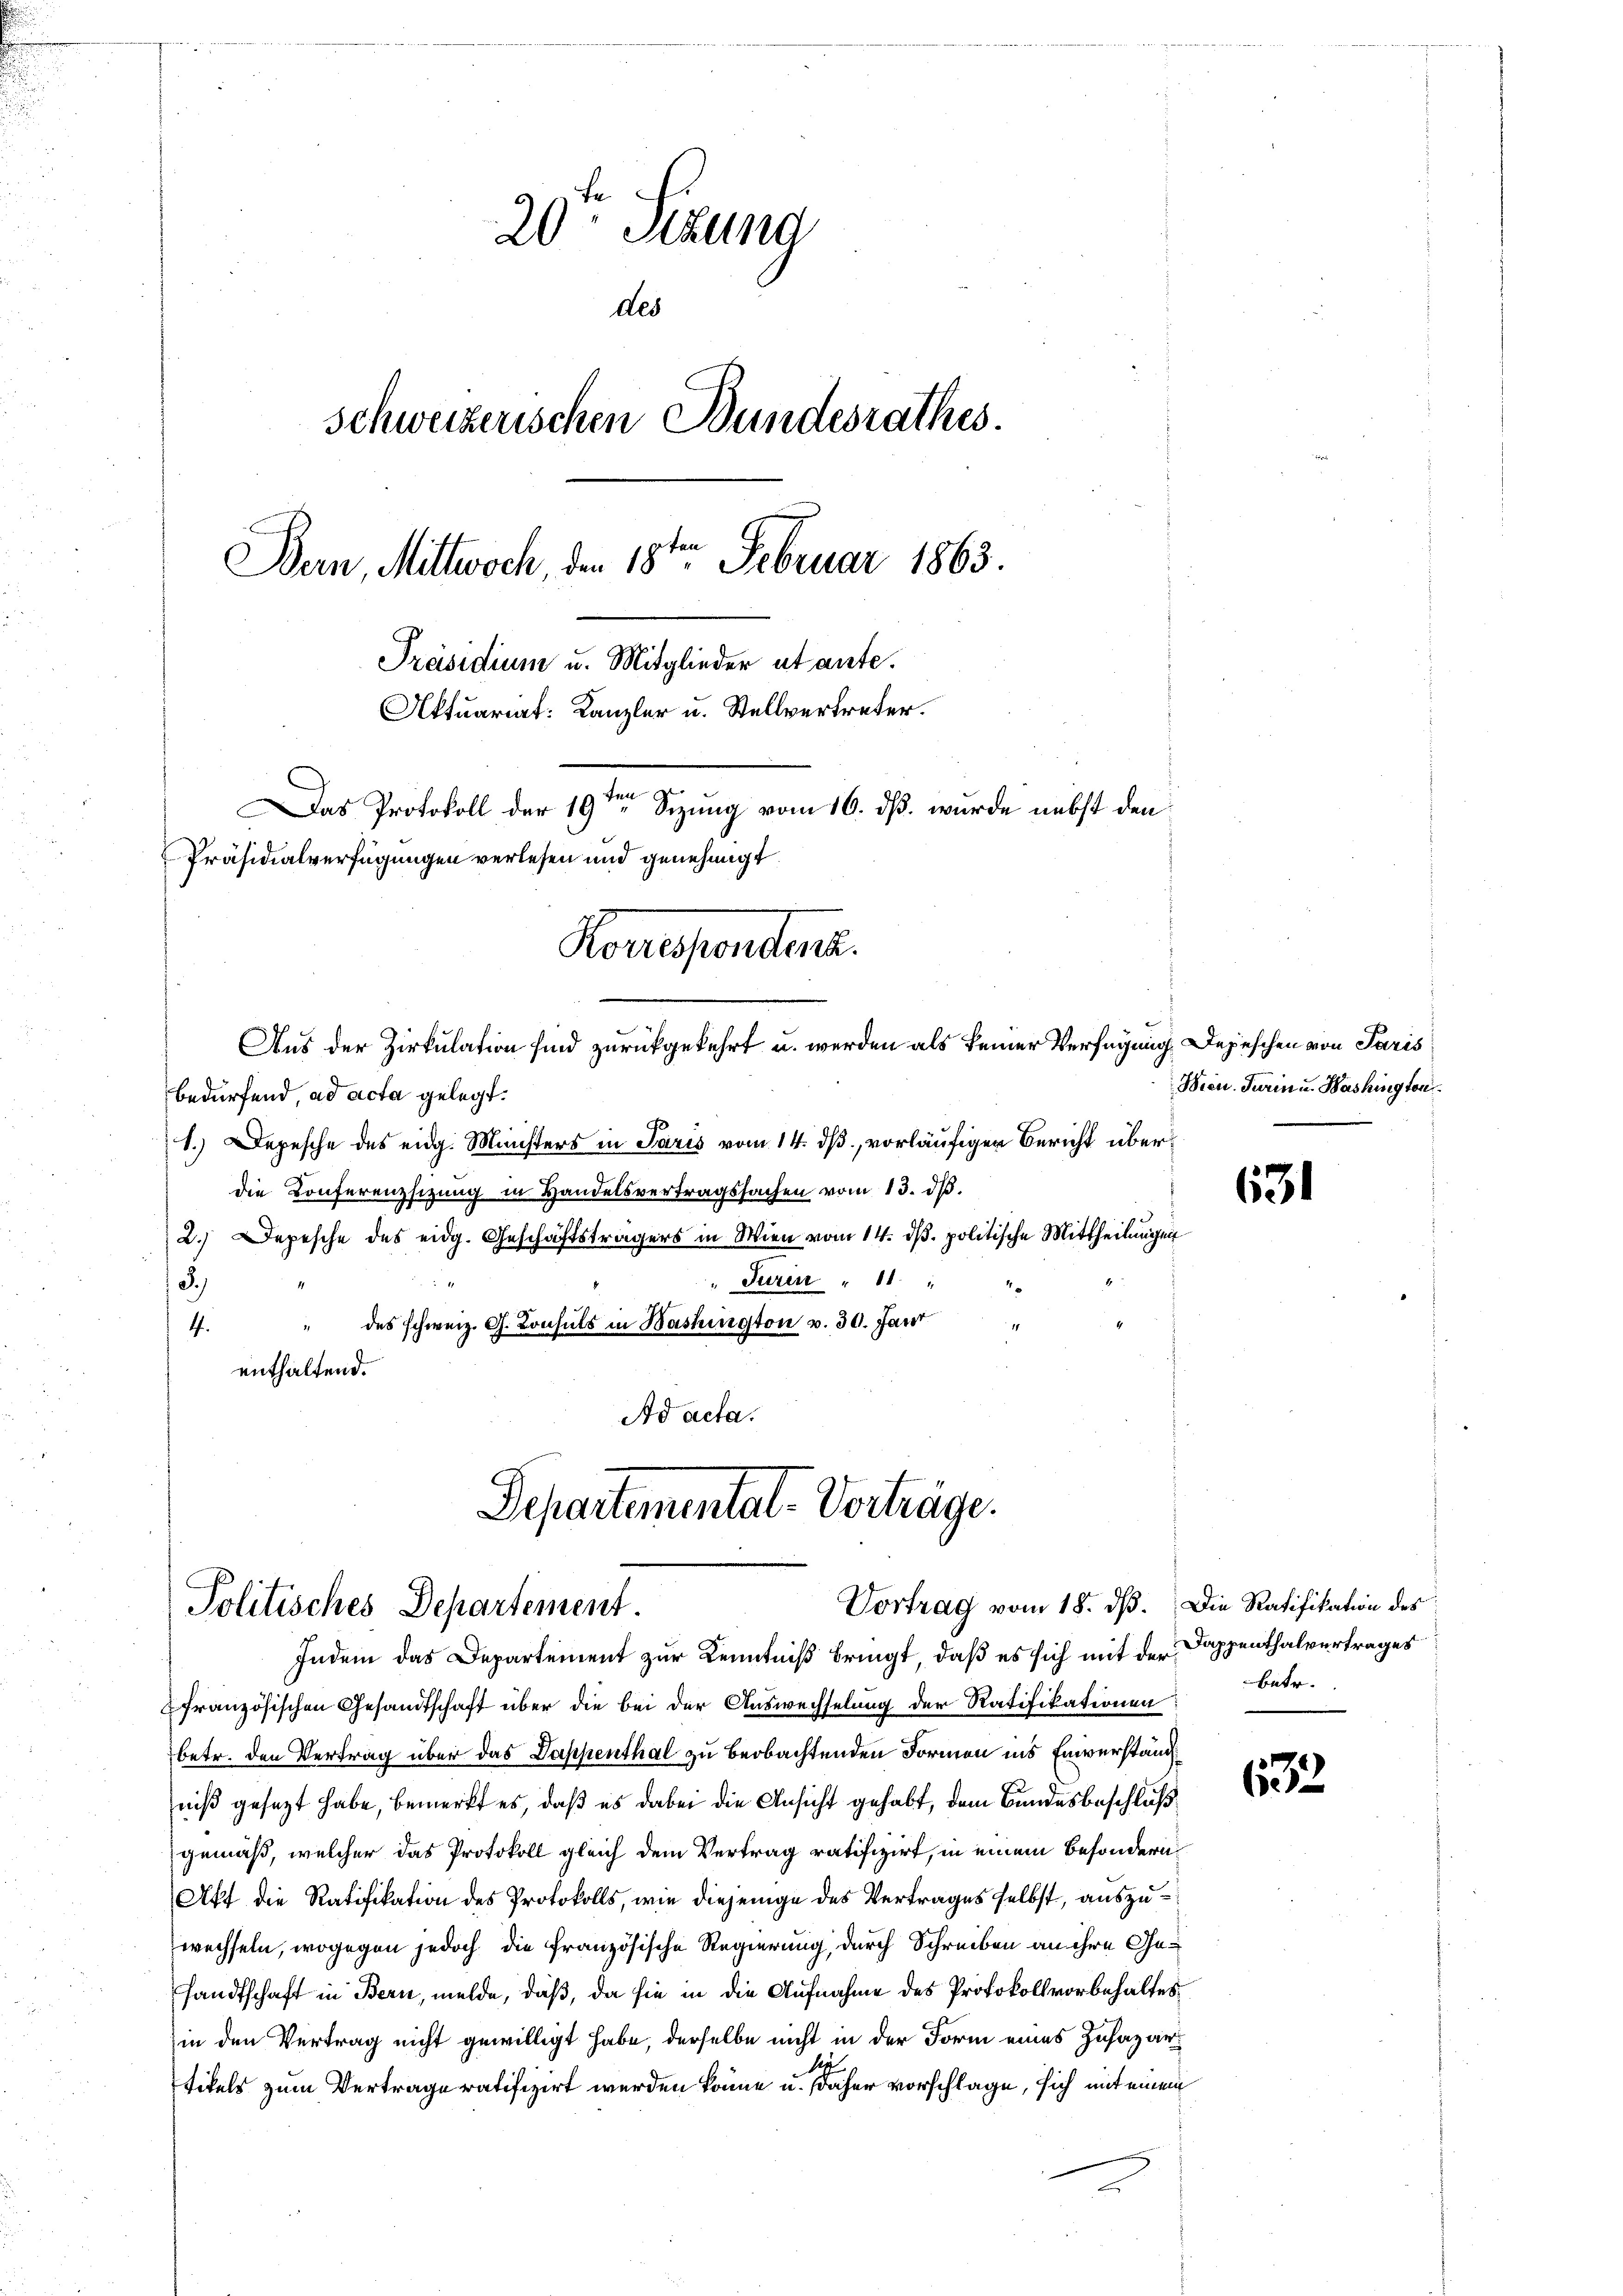
20. Sizung
des
schweizerischen Bundesrathes.
Bern, Mittwoch den 18ten Februar 1863.
Präsidium u. Mitglieder utante.
Aktuariat: Kanzler u. Stellvertreter.
r
s
Das Protokoll der 19ten Sizung vom 16. ds. wurde nebst den
Präsidialverfügungen verlesen und genehmigt.
Roversenden.
Aus der Zirkulation sind zurückgekehrt u. werden als keiner Verfügung Depeschen von Paris

bedürfend, ad acta gelegt.
1.) Depesche des eidg. Ministers in Paris vom 14. dß, vorläufigen Bericht überdie Konferenzsizung in Handelsvertragssachen vom 13. dβ.
2.) Depesche des eidg. Geschäftsträgers in Wien vom 14. dβ. politische Mittheilungen
Turin " 11 "
3.)
4. " des schweiz. G. Konsuls in Bashington v. 30. Jant
enthaltend.
Ad acta.

Separtemental-Vorträge.
Vortrag vom 18. dß. Die Ratifikation des
Politisches Departement.
Indem das Departement zur Kenntniß bringt, daß es sich mit der Dappenthalvertrages

französischen Gesandtschaft über die bei der Auswechselung der Ratifikationen
betr. den Vertrag über das Dappenthal zu beobachtenden Formen ins Einverständniß gesezt habe, bemerkt es, daß es dabei die Ansicht gehabt, dem Bundesbeschluß
gemäß, welcher das Protokoll gleich dem Vertrag ratifizirt, in einem besondern¬
Akt die Ratifikation des Protokolls, wie diejenige des Vertrages selbst, auszuwechseln, wogegen jedoch die französische Regierung, durch Schreiben an ihre Gesandtschaft in Bern, melde, daß, da sie in die Aufnahme des Protokollvorbehaltes
in den Vertrag nicht gewilligt habe, derselbe nicht in der Form eines Zusazartikels zum Vertrage ratifizirt werden könne u. daher vorschlage, sich mit einem
s

Wien. Turin u. Washington

631

betr.

s
62